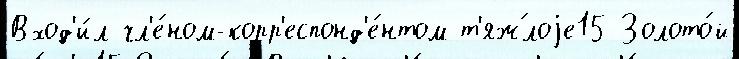
Вход'и́л чл'е́ном-корр'еспонд'е́нтом т'яж́лоjе15 Золото́й